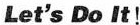
Let's Do it!